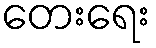
တေးရေး